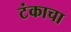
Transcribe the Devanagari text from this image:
टंकाचा